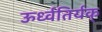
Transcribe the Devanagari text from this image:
ऊर्ध्वतिर्यक्‌